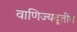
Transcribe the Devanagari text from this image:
वाणिज्यदूतीय